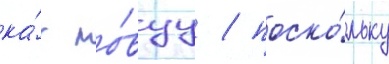
ка́к но́вуу / поско́льку